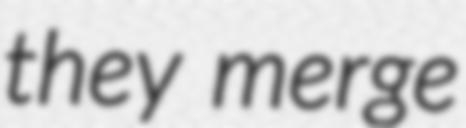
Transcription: they merge